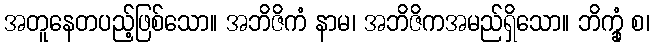
အတူနေတပည့်ဖြစ်သော။ အဘိဇိကံ နာမ၊ အဘိဇိကအမည်ရှိသော။ ဘိက္ခုံ စ၊